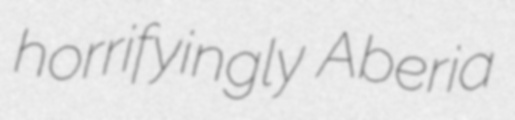
horrifyingly Aberia